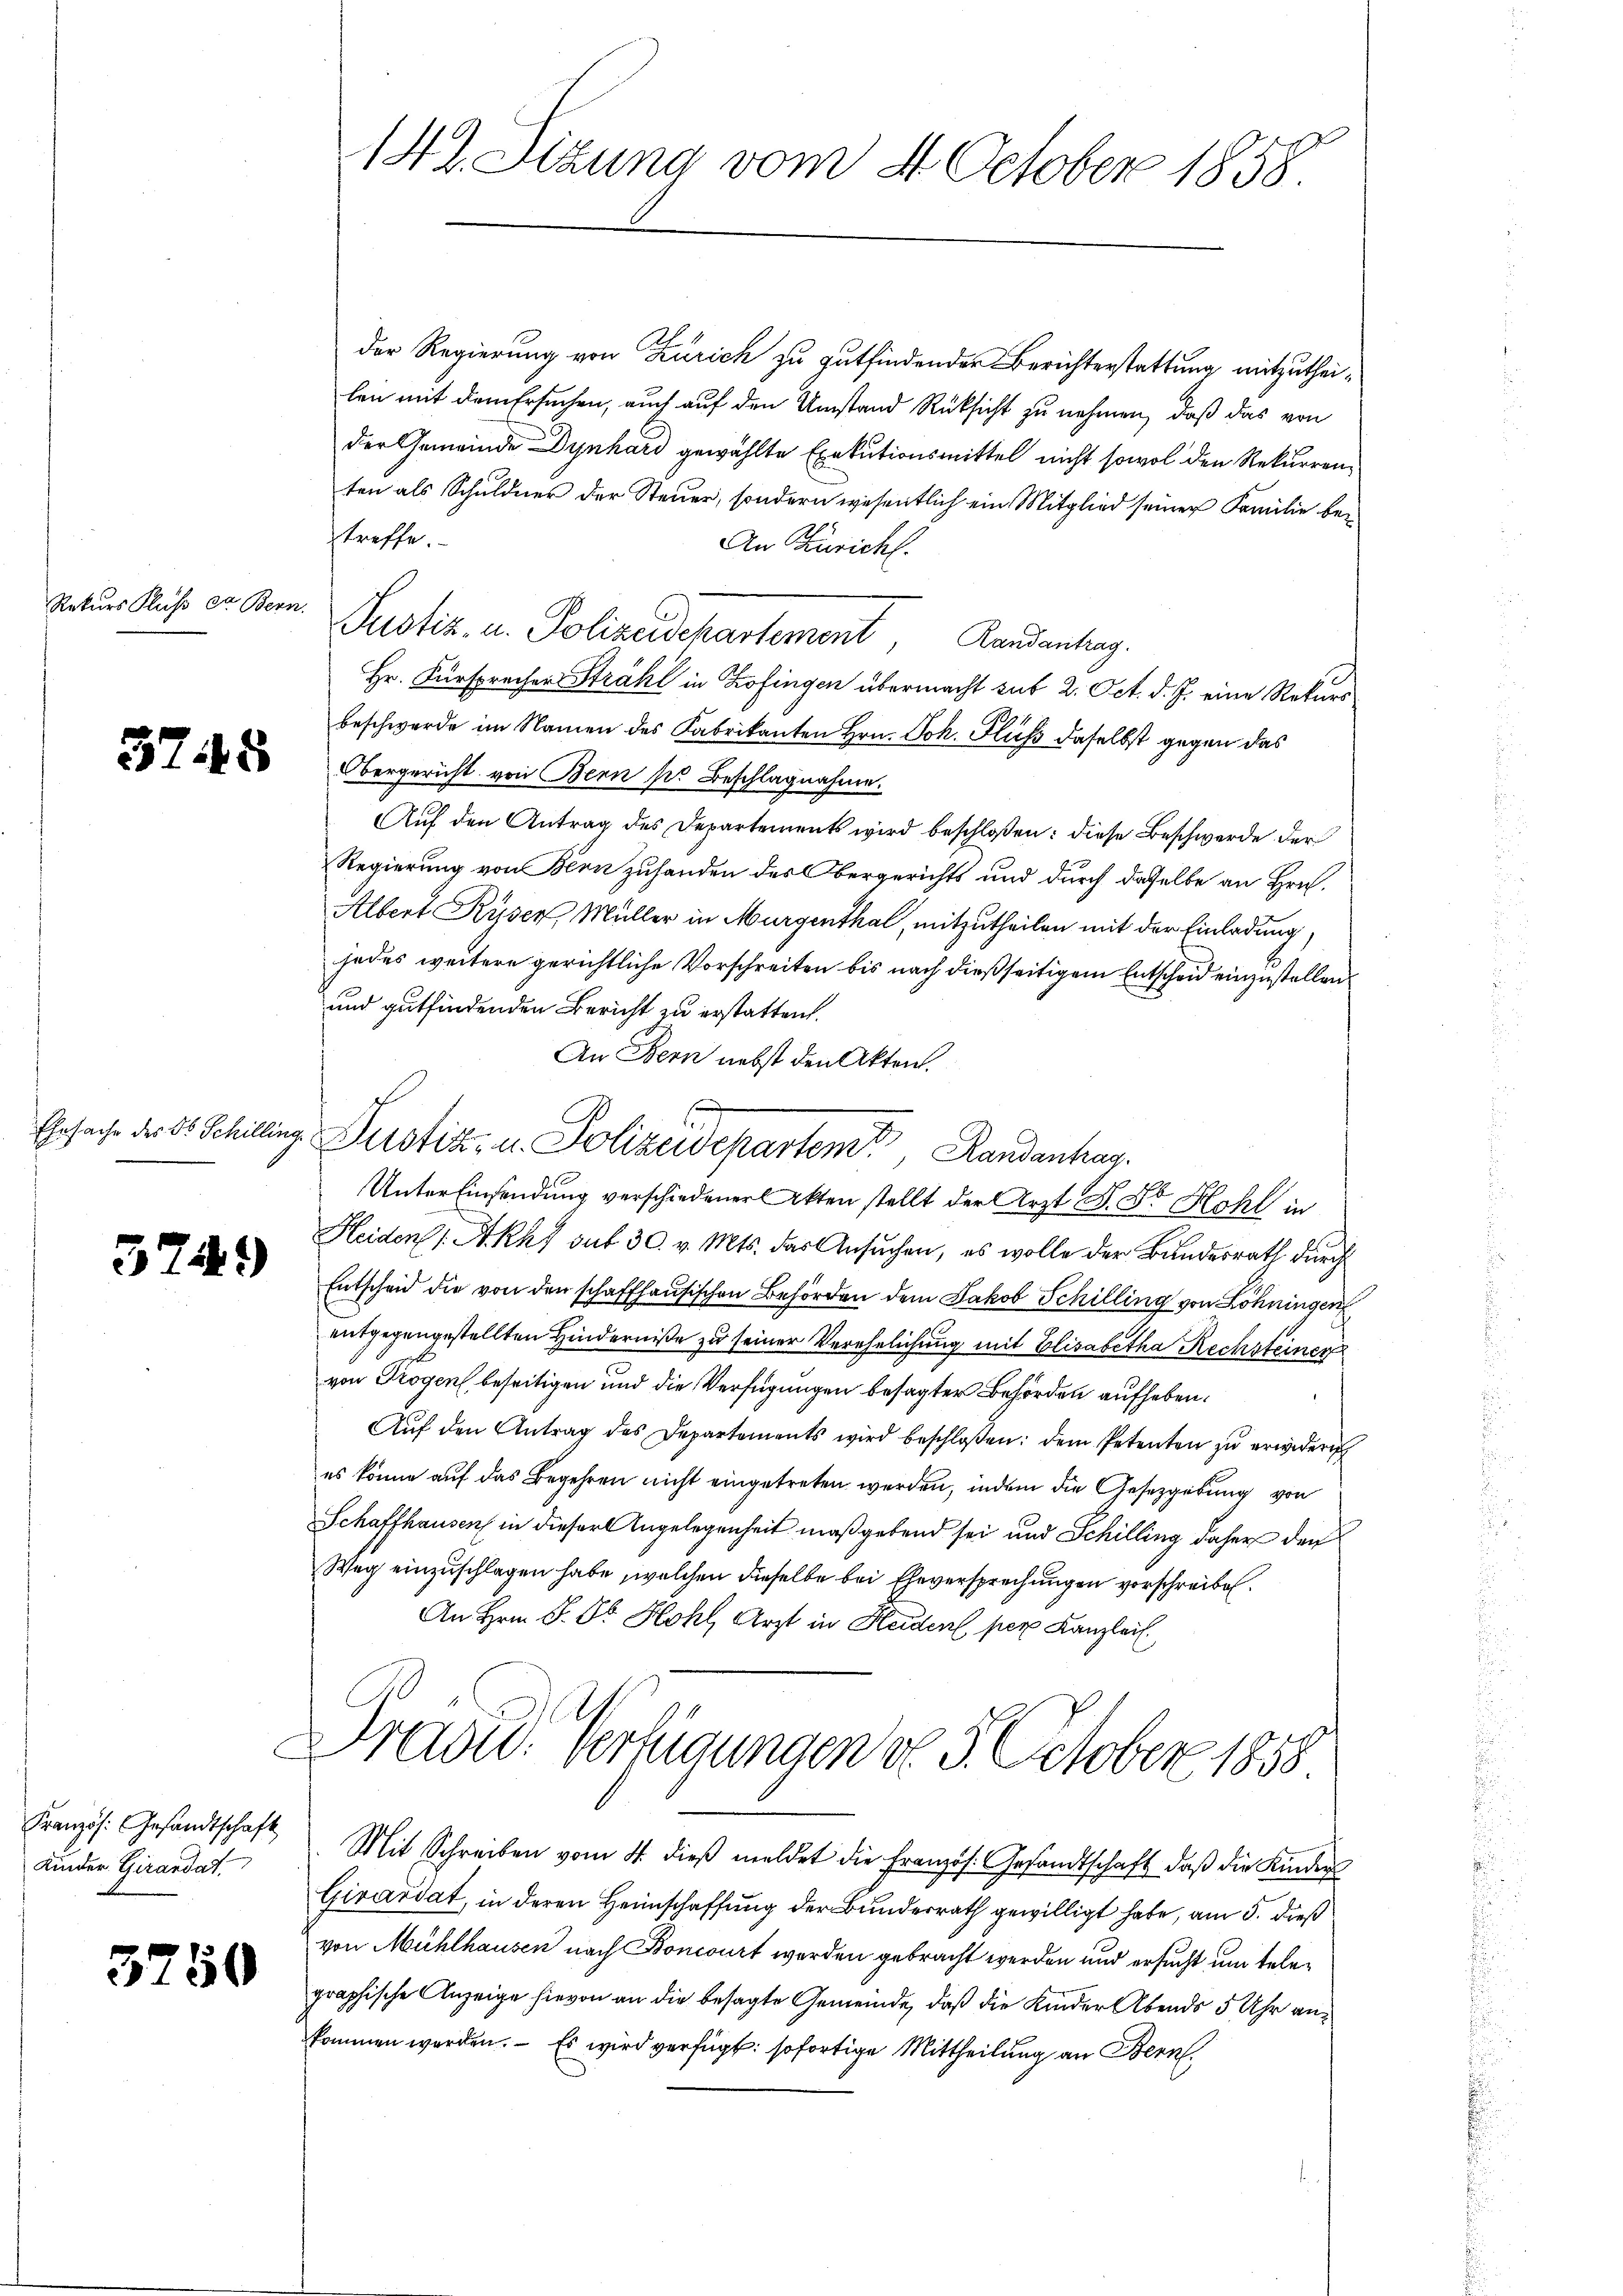
Rekurs Fluß der Bern.

3748

Ehrsache des Dr Schilling

3749

Französ. Gesandtschaft
Kinder Girandat

3750

der Regierung von Zürich zu gutfindenden Berichterstattung mitzutheilen mit dem Ersuchen, auch auf den Umstand Rücksicht zu nehmen, daß das von
der Gemeinde Dynhard gewählte Exekutionsmittel nicht sowol den Rekurrenten als Schuldner der Steuer, sondern wesentlich ein Mitglied seiner Familie betreffe.
An Züricht.
Justiz- u. Polizeidekartement, Landantrag.
Hr. Fürsprecher Strahl in Zofingen übermacht sub 2. Oct. d. J. eine Rekurs
beschwerde im Namen des Fabrikanten Hrn. Joh. Fluß daselbst gegen das
Obergericht von Bern sie Beschlagnahme.
Auf den Antrag des Departements wird beschloßen: diese Beschwerde der
Regierung von Bern zuhanden des Obergerichts und durch dasselbe an Hrn.
Albert Ryser, Müller in Murgenthal, mitzutheilen mit der Einladung,
jedes weitere gerichtliche Vorschreiten bis nach dießseitigem Entscheid einzustellen
und gutfindenden Bericht zu erstatten.
An Bern nebst den Akten.
Unter Einsendung verschiedener Akten stellt der Arzt F. Sr Hohl in
Heiden 1. Akhf auf 30. v. Mts. das Ansuchen, es wolle der Bundesrath durch
Entscheid die von den schaffhausischen Behörden dem Jakob Schilling von Löhningen
entgegengestellten Hinderniße zu seiner Verehelichung mit Elisabetha Rechsteiner
von Trogen beseitigen und die Verfügungen besagter Behörden aufheben.
Aŭf den Antrag des Departements wird beschlossen: dem Petenten zŭ erwider
es könne auf das Begehren nicht eingetreten werden, indem die Gesetzgebung von
Schaffhausen in dieser Angelegenheit maßgebend sei und Schilling daher den
Weg einzuschlagen habe, welchen dieselbe bei Eheversprechungen vorschreiben.
An Hrn. P. Dr. Hohl, Arzt in Heident per Kanzlei.
Tradid. Verfügungen d. 3. October 1858
Mit Schreiben vom 4. dieβ meldet die Französ. Gesandtschaft, daβ die Kinder
Girardat, in deren Heimschaffung der Bundesrath gewilligt habe, am 5. dieß
von Mühlhausen nach Boncourt werden gebracht werden und ersucht um telegraphische Anzeige hievon an die besagte Gemeinde, daß die Kinder Abends 5 Uhr ankommen worden. Es wird verfügt: sofortige Mittheilung an Bern

142. Sitzung vom 4. October 1858.

f
Justiz- u. Polizeidepartem Randanhag